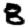
Digit: 8